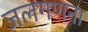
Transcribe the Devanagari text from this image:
जलगणना